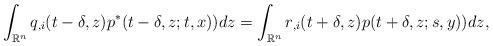
LaTeX: \begin{align*}\int_{{\mathbb R}^n}q_{,i}(t-\delta,z)p^*(t-\delta,z;t,x))dz=\int_{{\mathbb R}^n}r_{,i}(t+\delta,z)p(t+\delta,z;s,y))dz,\end{align*}